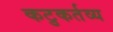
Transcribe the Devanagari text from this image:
कटुकर्तव्य